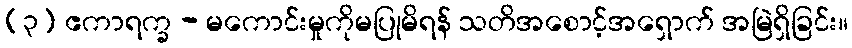
(၃) ဧကာရက္ခ - မကောင်းမှုကိုမပြုမိရန် သတိအစောင့်အရှောက် အမြဲရှိခြင်း။